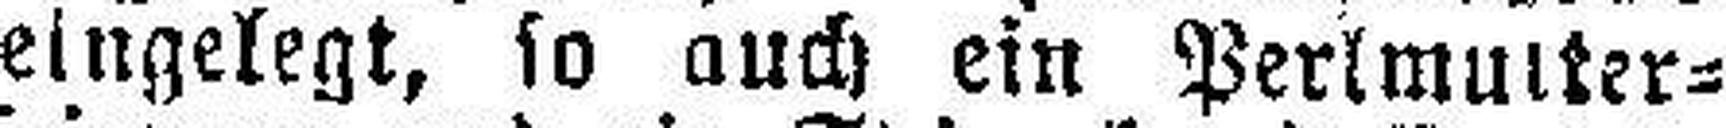
eingelegt, so auch ein Perlmutter=